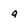
Character: g